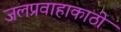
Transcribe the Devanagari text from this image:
जलप्रवाहाकाठी